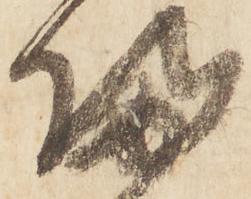
帰